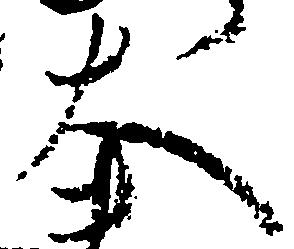
大